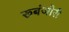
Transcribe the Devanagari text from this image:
रूबंजोरी